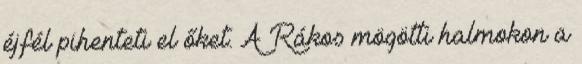
éjfél pihenteti el őket. A Rákos mögötti halmokon a